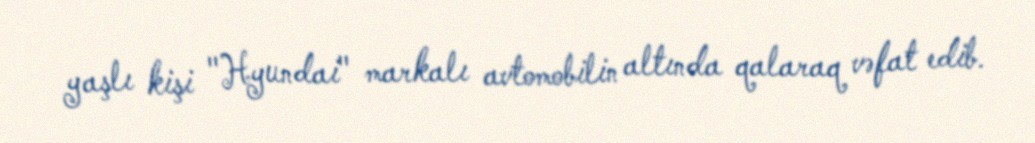
yaşlı kişi "Hyundai" markalı avtomobilin altında qalaraq vəfat edib.